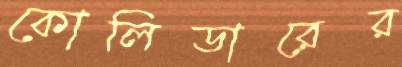
কোলিডারের